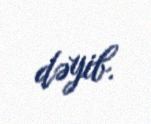
dəyib.